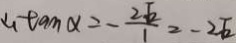
\therefore \tan \alpha = - \frac { 2 \sqrt { 2 } } { 1 } = - 2 \sqrt { 2 }